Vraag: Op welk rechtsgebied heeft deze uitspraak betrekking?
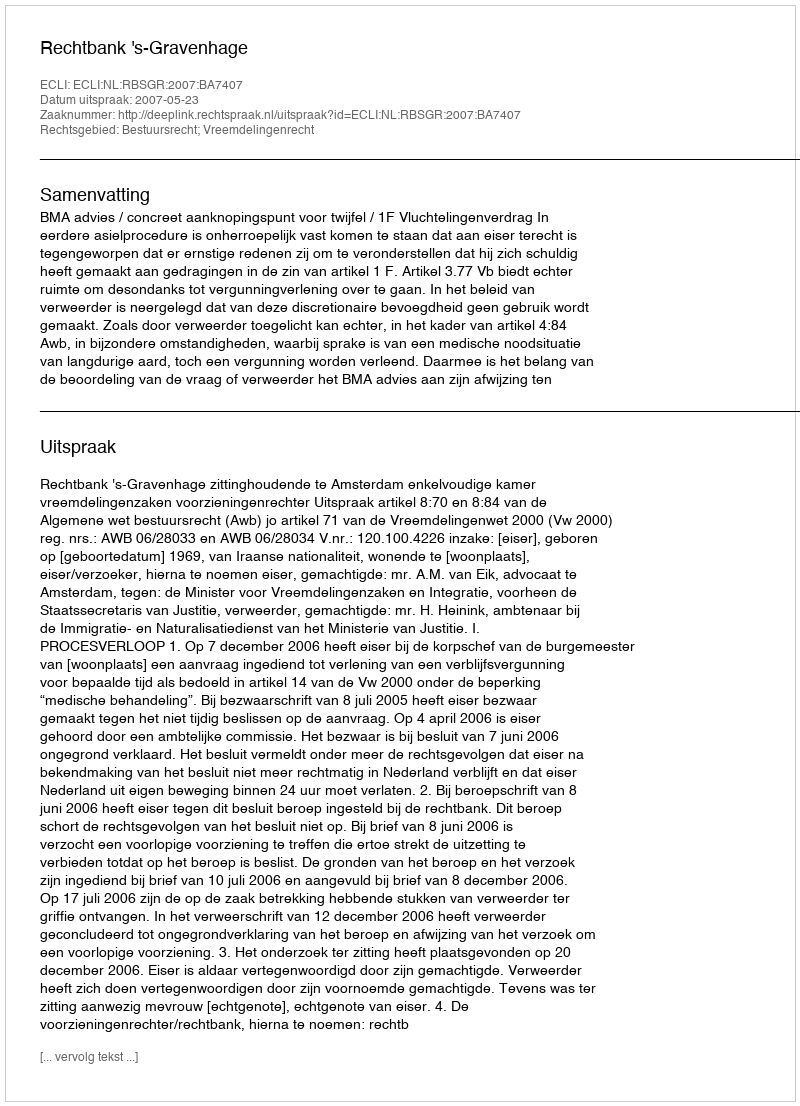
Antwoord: Bestuursrecht; Vreemdelingenrecht